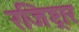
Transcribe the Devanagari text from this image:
रजिष्ट्रार